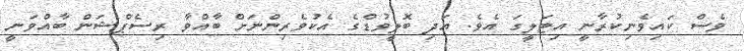
ވެސް ކައިވެނިކުރާނީ އިޓަލީގަ އެވެ. އަދި ބޮލީވުޑްގެ އެކުވެރިންނަށް ބާއްވާ ރިސެޕްޝަން ބާއްވަނީ